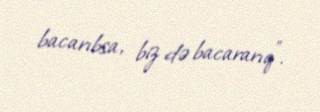
bacarıbsa, biz də bacararıq”.